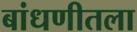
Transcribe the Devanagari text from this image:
बांधणीतला